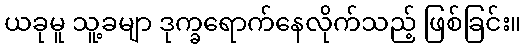
ယခုမူ သူ့ခမျာ ဒုက္ခရောက်နေလိုက်သည့် ဖြစ်ခြင်း။